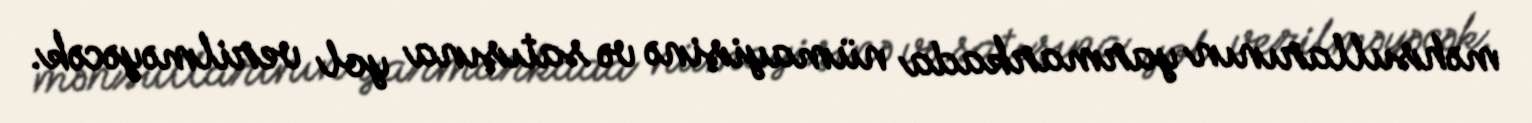
məhsullarının yarmarkada nümayişinə və satışına yol verilməyəcək.